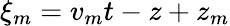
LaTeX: \xi_{m}=v_{m}t-z+z_{m}